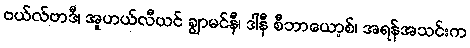
ဗယ်လ်ဗာဒီ၊ အူဟယ်လီယင် ချွာမင်နီ၊ ဒါနီ စီဘာယော့စ်၊ အရန်အသင်းက